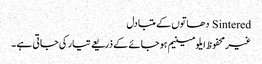
Sintered دھاتوں کے متبادل
غیرمحفوظ ایلومینیم ہوجائے کے ذریعے تیار کی جاتی ہے ۔